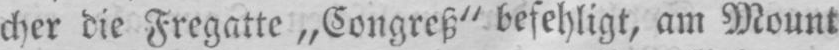
cher die Fregatte „Congreß“ befehligt, am Mount